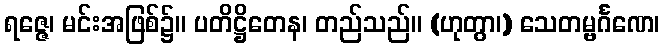
ရဇ္ဇေ၊ မင်းအဖြစ်၌။ ပတိဋ္ဌိတေန၊ တည်သည်။ (ဟုတွာ၊) သေတမ္ဗင်္ဂဏေ၊